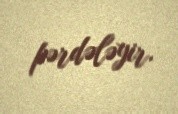
pərdələyir.